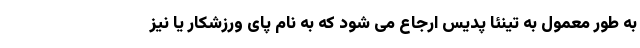
به طور معمول به تینئا پدیس ارجاع می شود که به نام پای ورزشکار یا نیز